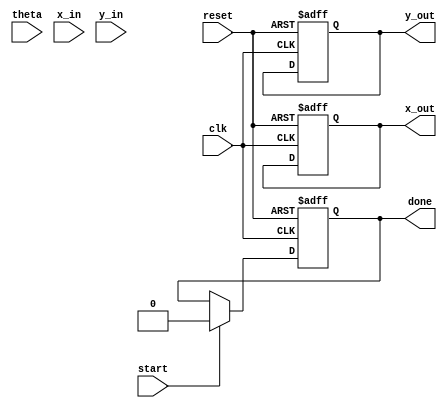
module cordic(
    input clk,
    input reset,
    input start,
    input signed [15:0] theta, // Angle input (fixed-point representation)
    input signed [15:0] x_in,   // Input x-coordinate
    input signed [15:0] y_in,   // Input y-coordinate
    output reg signed [15:0] x_out, // Output x-coordinate
    output reg signed [15:0] y_out, // Output y-coordinate
    output reg done              // Completion signal
);

    // Constants
    parameter N = 16; // Number of iterations
    parameter SCALE_FACTOR = 16'h26DD; // Scale factor (fixed-point representation)

    // Lookup table for atan(2^(-i))
    reg signed [15:0] atan_lut[N-1:0]; // LUT for arctangent values
    initial begin
        atan_lut[0] = 16'h2000; // atan(2^0) = /4
        atan_lut[1] = 16'h1410; // atan(2^(-1))
        atan_lut[2] = 16'h0A3D; // atan(2^(-2))
        atan_lut[3] = 16'h0523; // atan(2^(-3))
        atan_lut[4] = 16'h028B; // atan(2^(-4))
        atan_lut[5] = 16'h0142; // atan(2^(-5))
        atan_lut[6] = 16'h00A1; // atan(2^(-6))
        atan_lut[7] = 16'h0051; // atan(2^(-7))
        atan_lut[8] = 16'h0028; // atan(2^(-8))
        atan_lut[9] = 16'h0014; // atan(2^(-9))
        atan_lut[10] = 16'h000A; // atan(2^(-10))
        atan_lut[11] = 16'h0005; // atan(2^(-11))
        atan_lut[12] = 16'h0002; // atan(2^(-12))
        atan_lut[13] = 16'h0001; // atan(2^(-13))
        atan_lut[14] = 16'h0000; // atan(2^(-14))
        atan_lut[15] = 16'h0000; // atan(2^(-15))
    end

    // States
    reg [3:0] iteration; // Iteration counter
    reg signed [15:0] x, y, z; // Internal registers for x, y, and angle

    always @(posedge clk or posedge reset) begin
        if (reset) begin
            x_out <= 0;
            y_out <= 0;
            done <= 0;
            iteration <= 0;
        end else if (start) begin
            // Initialize values
            x <= x_in;
            y <= y_in;
            z <= theta;
            iteration <= 0;
            done <= 0;
        end else if (iteration < N) begin
            // CORDIC rotation logic
            if (z < 0) begin
                // Rotate clockwise
                x <= x + (y >>> iteration);
                y <= y - (x >>> iteration);
                z <= z + atan_lut[iteration];
            end else begin
                // Rotate counter-clockwise
                x <= x - (y >>> iteration);
                y <= y + (x >>> iteration);
                z <= z - atan_lut[iteration];
            end
            iteration <= iteration + 1;
        end else if (iteration == N) begin
            // Final scaling
            x_out <= (x * SCALE_FACTOR) >>> 14; // Rescale x
            y_out <= (y * SCALE_FACTOR) >>> 14; // Rescale y
            done <= 1;
        end
    end

endmodule